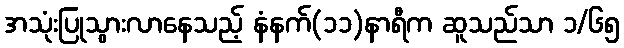
အသုံးပြုသွားလာနေသည့် နံနက်(၁၁)နာရီက ဆူသည်သာ ၁/၆၅